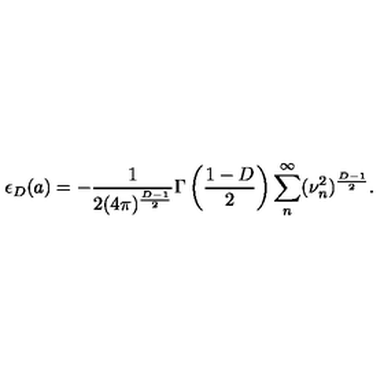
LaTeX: \epsilon _ { D } ( a ) = - \frac { 1 } { 2 ( 4 \pi ) ^ { \frac { D - 1 } { 2 } } } \Gamma \left( \frac { 1 - D } { 2 } \right) \sum _ { n } ^ { \infty } ( \nu _ { n } ^ { 2 } ) ^ { \frac { D - 1 } { 2 } } .